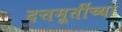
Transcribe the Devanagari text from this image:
दत्तमूर्तीच्या